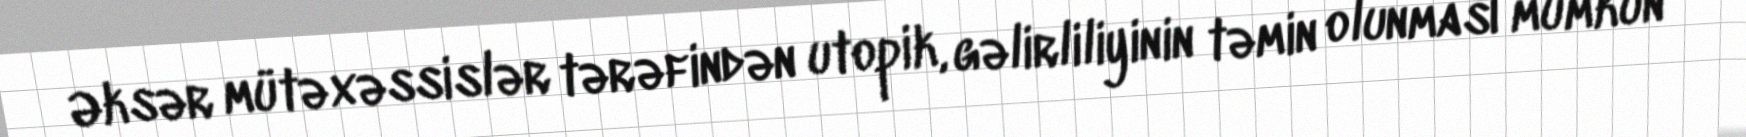
Əksər mütəxəssislər tərəfindən utopik, gəlirliliyinin təmin olunması mümkün